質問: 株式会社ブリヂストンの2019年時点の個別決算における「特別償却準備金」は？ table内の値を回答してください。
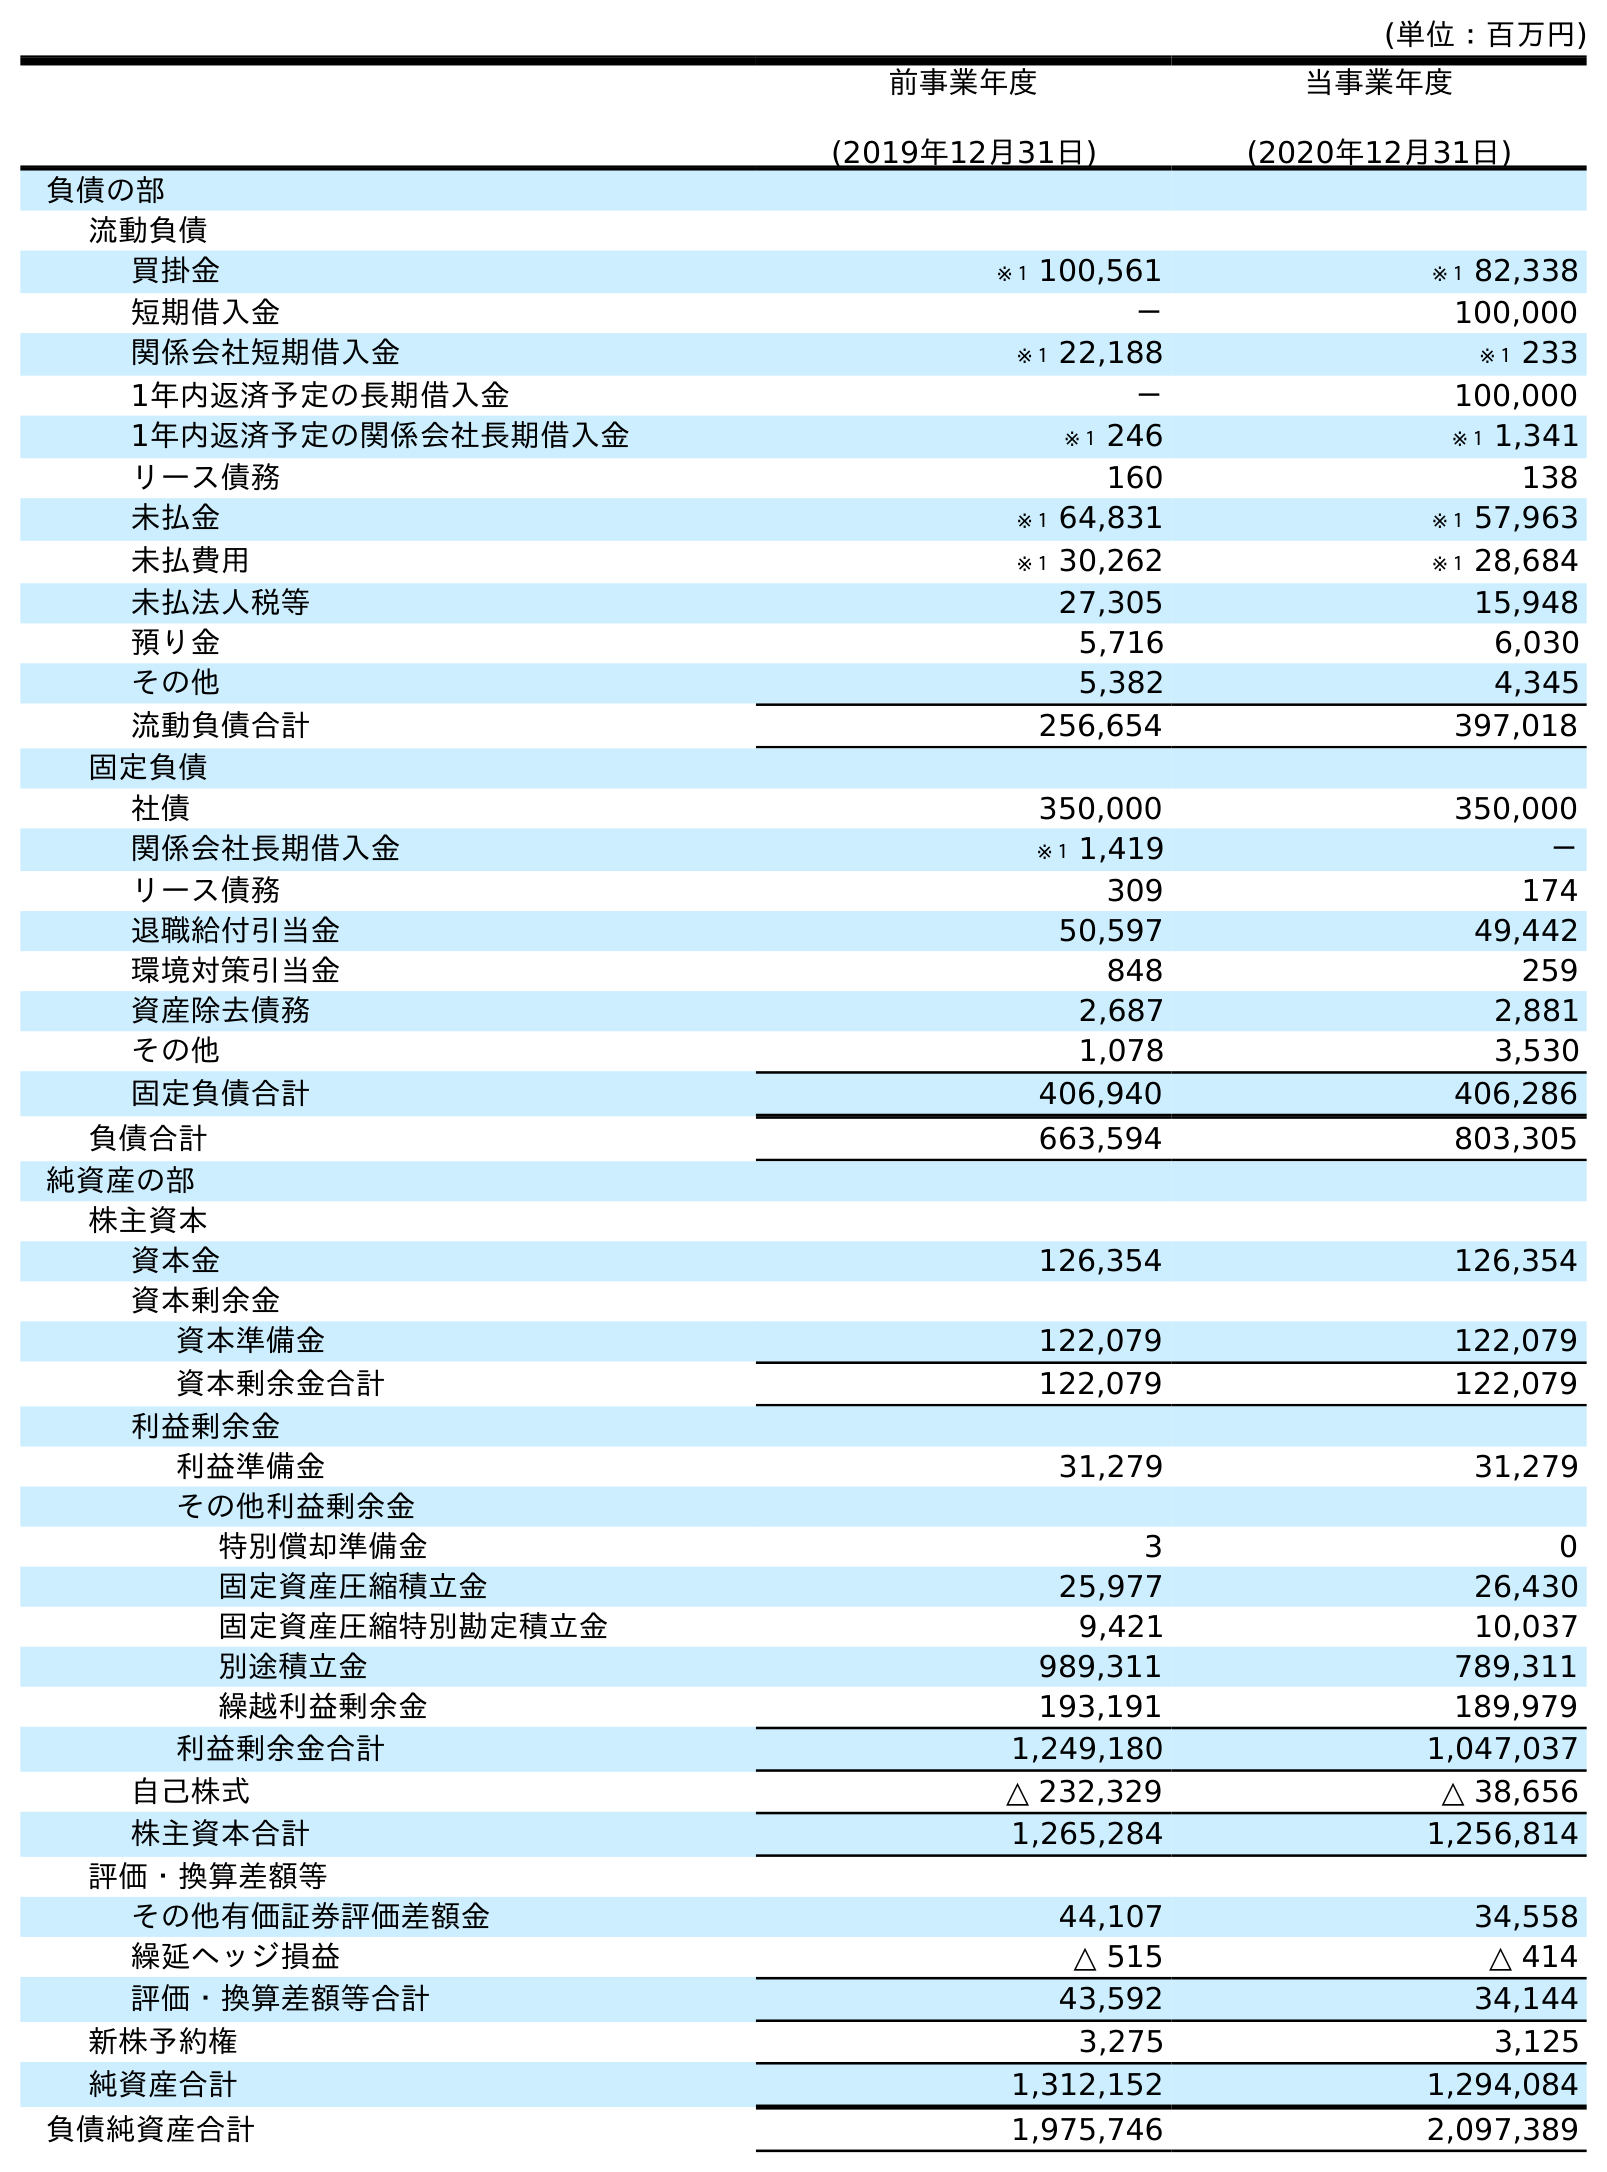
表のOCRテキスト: (単位：百万円) 前事業年度 (2019年12月31日) 当事業年度 (2020年12月31日) 負債の部 流動負債 買掛金 ※１ 100,561 ※１ 82,338 短期借入金 － 100,000 関係会社短期借入金 ※１ 22,188 ※１ 233 1年内返済予定の長期借入金 － 100,000 1年内返済予定の関係会社長期借入金 ※１ 246 ※１ 1,341 リース債務 160 138 未払金 ※１ 64,831 ※１ 57,963 未払費用 ※１ 30,262 ※１ 28,684 未払法人税等 27,305 15,948 預り金 5,716 6,030 その他 5,382 4,345 流動負債合計 256,654 397,018 固定負債 社債 350,000 350,000 関係会社長期借入金 ※１ 1,419 － リース債務 309 174 退職給付引当金 50,597 49,442 環境対策引当金 848 259 資産除去債務 2,687 2,881 その他 1,078 3,530 固定負債合計 406,940 406,286 負債合計 663,594 803,305 純資産の部 株主資本 資本金 126,354 126,354 資本剰余金 資本準備金 122,079 122,079 資本剰余金合計 122,079 122,079 利益剰余金 利益準備金 31,279 31,279 その他利益剰余金 特別償却準備金 3 0 固定資産圧縮積立金 25,977 26,430 固定資産圧縮特別勘定積立金 9,421 10,037 別途積立金 989,311 789,311 繰越利益剰余金 193,191 189,979 利益剰余金合計 1,249,180 1,047,037 自己株式 △ 232,329 △ 38,656 株主資本合計 1,265,284 1,256,814 評価・換算差額等 その他有価証券評価差額金 44,107 34,558 繰延ヘッジ損益 △ 515 △ 414 評価・換算差額等合計 43,592 34,144 新株予約権 3,275 3,125 純資産合計 1,312,152 1,294,084 負債純資産合計 1,975,746 2,097,389
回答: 3